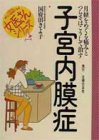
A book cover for Endometriosis - cure and we speak bitterness and pain over the menstruation (woman doctor's series) ISBN: 4072189928 (1996) [Japanese Import]; Health, Fitness & Dieting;